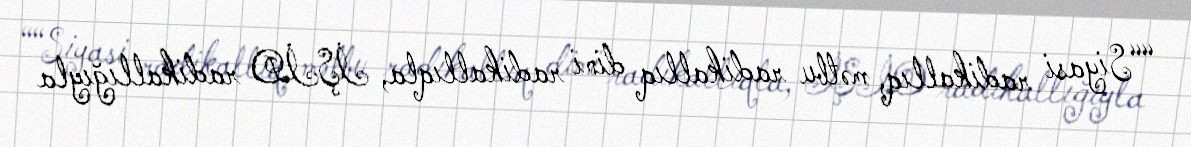
““Siyasi radikallıq, mətbu radikallıq dini radikallıqla, İŞİD radikallığıyla